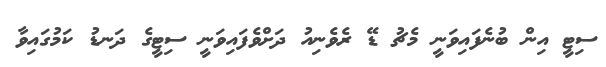
ސިޓީ އިން ބުނެފައިވަނީ މެޗު ޑޭ ރެވެނިއު ދަށްވެފައިވަނީ ސިޓީގެ ދަނޑު ކަމުގައިވާ